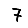
Digit: 7